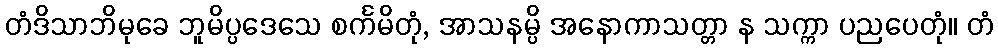
တံဒိသာဘိမုခေ ဘူမိပ္ပဒေသေ စင်္ကမိတုံ, အာသနမ္ပိ အနောကာသတ္တာ န သက္ကာ ပညပေတုံ။ တံ